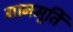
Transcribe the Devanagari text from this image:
गानमूर्ति